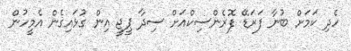
ހެދި ކަމަށް ބުނާ ފަރަޑޭ ފޮރެންސިކްއަށް ސިދާ ޕީޖީ އިން ގުޅައިގެން އެމީހުން